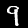
Label: 9